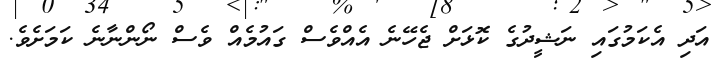
އަދި އެކަމުގައި ނަޝީދުގެ ކޮޅަށް ޖެހޭނެ އެއްވެސް ގައުމެއް ވެސް ނޯންނާނެ ކަމަށެވެ.